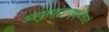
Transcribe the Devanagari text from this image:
आयुरारोग्यवृद्धीसाठी